Leaving Certificate Examination, 1903
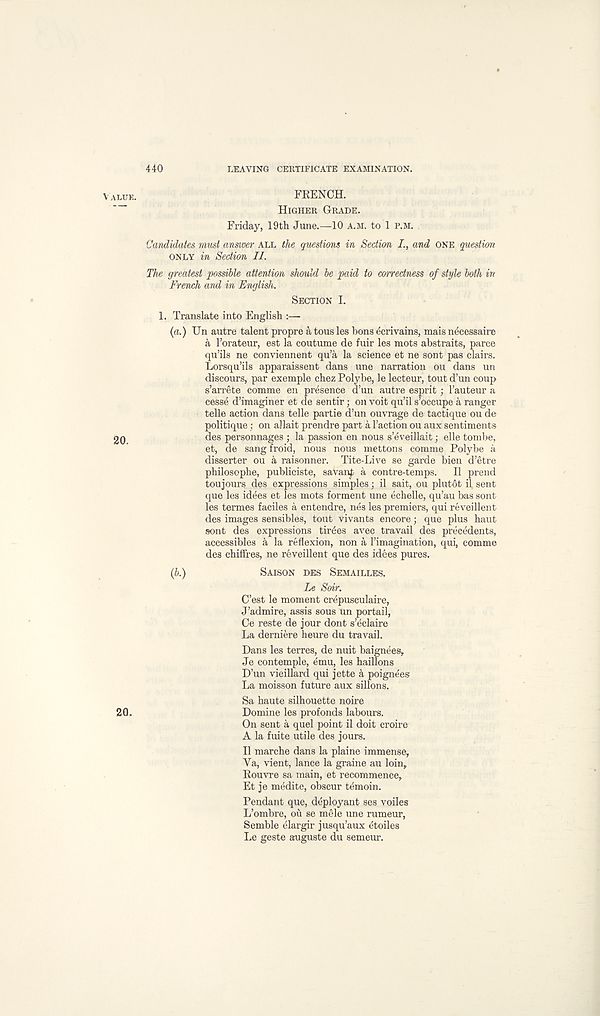
440
LEAVING CERTIFICATE EXAMINATION.
VALUE.
FRENCH.
HIGHER GRADE.
Friday, 19th June.—10 A.M. to 1 P.M.
Candidates must answer ALL the questions in Section
o.nd ONE question
ONLY in Section II.
The greatest possible attention should be paid to correctness of style both in
French and in English.
SECTION I.
1. Translate into English :—
(a.) Un autre talent propre a tons les bons ecrivains, mais necessaire
a 1’orateur, est la coutume de fuir les mots abstraits, parce
qu’ils ne conviennent qu’a la science et ne sont pas clairs.
Lorsqu’ils apparaissent dans une narration ou dans un
discours, par exemple chez Polybe, le lecteur, tout d’un coup
s’arrete comme en presence d’un autre esprit ; 1’auteur a
cesse d’imaginer et de sentir; on voit qu’il s’occupe a ranger
telle action dans telle partie d’un ouvrage de tactique ou de
politique; on allait prendre part a Taction ou aux sentiments
20
des personnages ; la passion en nous s’eveillait; elle tombe,
et, de sangfroid, nous nous mettons comme Polybe a
disserter ou a raisonner. Tite-Live se garde bien d’etre
philosophe, publiciste, savanf a contre-temps.
II prend
toujours des expressions simples; il sait, ou plut6t il sent
que les idees et les mots forment une echelle, qu’au bas sont
les termes faciles a entendre, nes les premiers, qui reveillent
des images sensibles, tout vivants encore; que plus haut
sont des expressions tiroes avec travail des precedents,
accessibles a la reflexion, non a Timagination, qui, comme
des chiffres, ne reveillent que des idees pures.
(b.)
SAISON DES SEMAILLES.
Le Soir.
C’est le moment crepusculaire,
J’admire, assis sous un portail,
Ce reste de jour dont s’eclaire
La derniere heure du travail.
Dans les terres, de nuit baignees,
Je contemple, emu, les haillons
D’un vieillard qui jette a poignees
La moisson future aux sillons.
Sa haute silhouette noire
20.
Domine les profonds labours.
On sent a quel point il doit croire
A la fuite utile des jours.
Il marche dans la plaine immense,
Ya, vient, lance la graine au loin,
Rouvre sa main, et recommence,
Et je medite, obscur temoin.
Pendant que, deployant ses voiles
L’ombre, ou se mele une rumeur,
Semble elargir jusqu’aux etoiles
Le geste auguste du semeur.